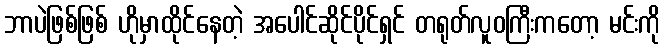
ဘာပဲဖြစ်ဖြစ် ဟိုမှာထိုင်နေတဲ့ အပေါင်ဆိုင်ပိုင်ရှင် တရုတ်လူဝကြီးကတော့ မင်းကို